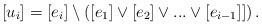
LaTeX: \begin{align*}[u_i] = [e_i] \setminus \left([e_1] \vee[e_2] \vee ... \vee [e_{i-1}]] \right).\end{align*}